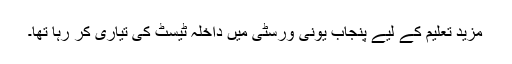
مزید تعلیم کے لیے پنجاب یونی ورسٹی میں داخلہ ٹیسٹ کی تیاری کر رہا تھا۔